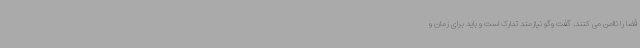
فضا را ناامن می کنند. گفت وگو نیازمند تدارک است و باید برای زمان و